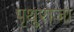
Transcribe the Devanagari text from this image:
पृथुराजा